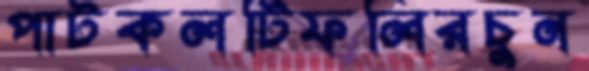
পাটকলটিফলিরচুন